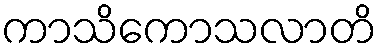
ကာသိကောသလာတိ